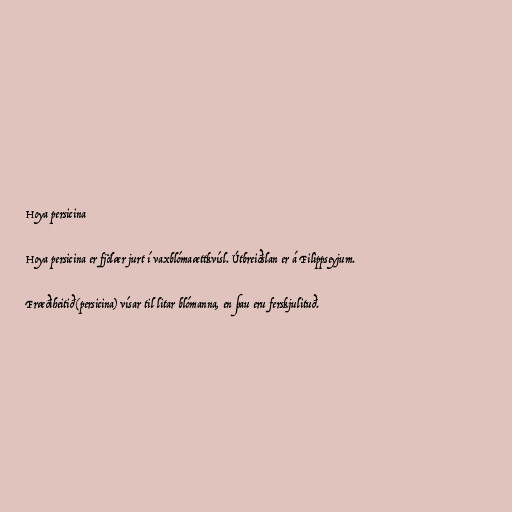
Hoya persicina

Hoya persicina er fjölær jurt í vaxblómaættkvísl. Útbreiðslan er á Filippseyjum.

Fræðiheitið (persicina) vísar til litar blómanna, en þau eru ferskjulituð.